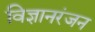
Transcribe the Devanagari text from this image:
विज्ञानरंजन